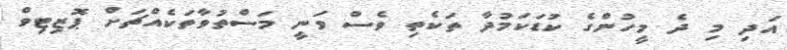
އަދި މި ދެ މީހުންގެ ކުޑަކަމުދާ ތަކެތި ވެސް ވަނީ މަސްތުވާތަކެއްޗަށް ޕޮޒިޓިވް